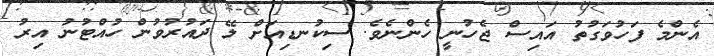
އެންމެ ފަހުވަގުތު އައިސް ޖެހުނީ ހެންނެވެ. ސިކުނޑިއަށް ލޭ ދައުރުވުން ހުއްޓުނު އިރު